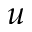
u